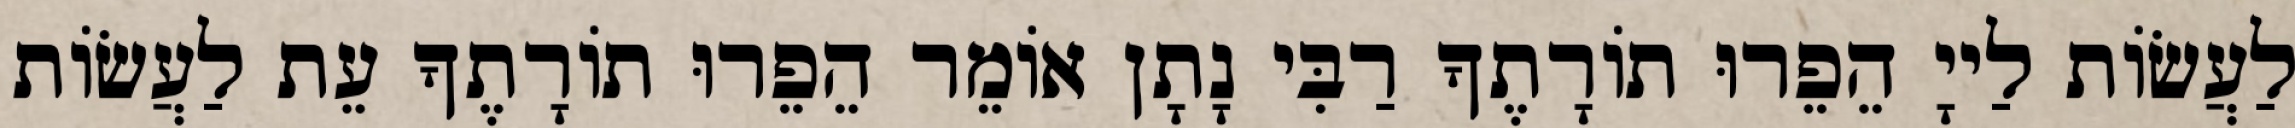
לַעֲשׂוֹת לַייָ הֵפֵרוּ תוֹרָתֶךָ רַבִּי נָתָן אוֹמֵר הֵפֵרוּ תוֹרָתֶךָ עֵת לַעֲשׂוֹת